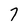
Character: 7